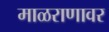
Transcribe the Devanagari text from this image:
माळराणावर